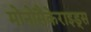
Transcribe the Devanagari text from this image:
मोनोसैकेराइड्स